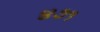
૪૭૧